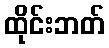
ထိုင်းဘတ်